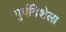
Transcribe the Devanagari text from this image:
पूर्वदिशेला